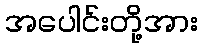
အပေါင်းတို့အား